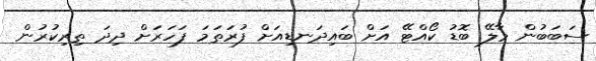
ސަބަބުން މާލޭ ބޮޑު ކޯއްޓޭ އަށް ބައިދަނޑިއަށް ފުރަތަމަ ފަހަރަށް ދިދަ ތިރިކުރުން